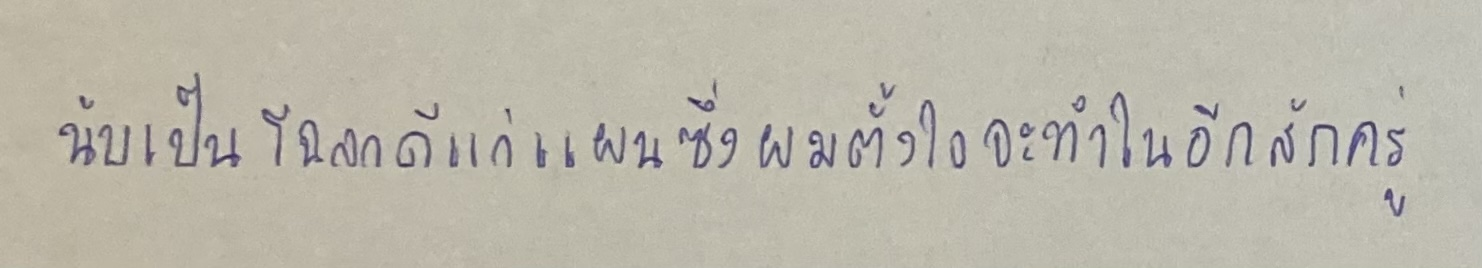
นับเป็นโฉลกดีแก่แผนซึ่งผมตั้งใจจะทำในอีกสักครู่